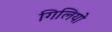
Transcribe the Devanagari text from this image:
गिलियो